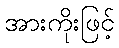
အားကိုးဖြင့်